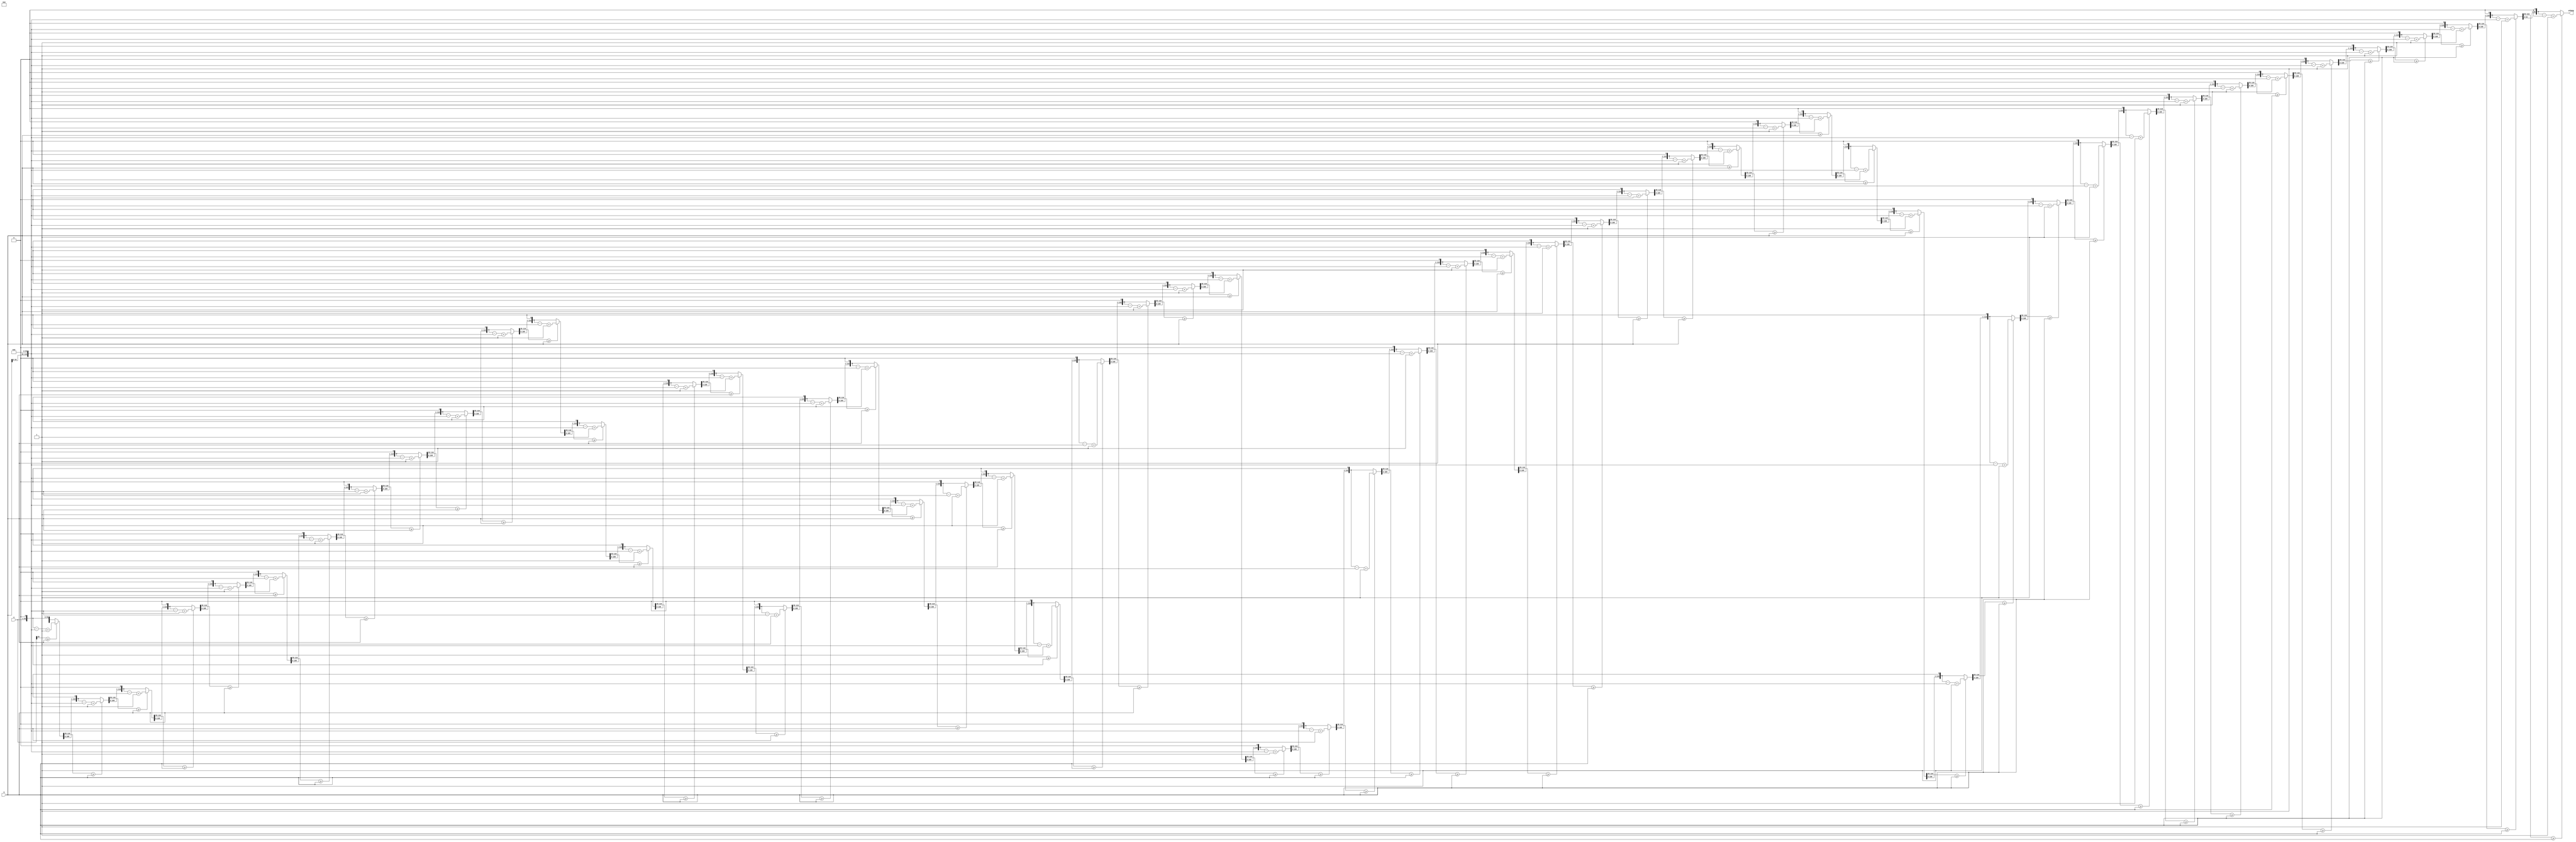
`timescale 1ns / 1ps
//////////////////////////////////////////////////////////////////////////////////
// Company: 
// Engineer: 
// 
// Design Name: 
// Module Name: integer_div
// Project Name: 
// Target Devices: 
// Tool Versions: 
// Description: 
// 
// Dependencies: 
// 
// Revision:
// Revision 0.01 - File Created
// Additional Comments:
// 
//////////////////////////////////////////////////////////////////////////////////


module int_div
(
input[55:0] a, 
input[55:0] b,

output reg [55:0] yshang
);

reg[55:0] tempa = 56'd0;
reg[55:0] tempb = 56'd0;
reg[111:0] temp_a;
reg[111:0] temp_b;

integer i;

always @(a or b)
begin
    tempa = a;
    tempb = b;
end

always @(tempa or tempb)
begin
    temp_a = {56'h00000000,tempa};
    temp_b = {tempb,56'h00000000}; 
    for(i = 0;i < 56;i = i + 1)
        begin
            temp_a = {temp_a[110:0],1'b0};
            if(temp_a[111:56] >= tempb)
                temp_a = temp_a - temp_b + 1'b1;
            else
				temp_a = temp_a;
        end

    yshang = temp_a[55:0];
end

endmodule